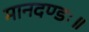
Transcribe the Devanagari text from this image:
मानदण्डः॥